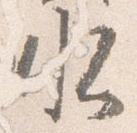
水